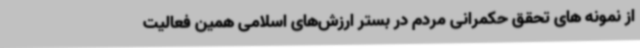
از نمونه های تحقق حکمرانی مردم در بستر ارزش‌های اسلامی همین فعالیت